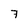
Character: 7